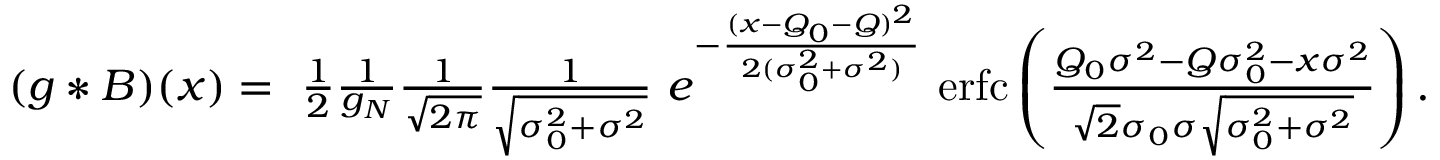
\begin{array} { r } { ( g * B ) ( x ) = \ \frac { 1 } { 2 } \frac { 1 } { g _ { N } } \frac { 1 } { \sqrt { 2 \pi } } \frac { 1 } { \sqrt { \sigma _ { 0 } ^ { 2 } + \sigma ^ { 2 } } } \ e ^ { - \frac { ( x - Q _ { 0 } - Q ) ^ { 2 } } { 2 ( \sigma _ { 0 } ^ { 2 } + \sigma ^ { 2 } ) } } \ \mathrm { e r f c } \left( \frac { Q _ { 0 } \sigma ^ { 2 } - Q \sigma _ { 0 } ^ { 2 } - x \sigma ^ { 2 } } { \sqrt { 2 } \sigma _ { 0 } \sigma \sqrt { \sigma _ { 0 } ^ { 2 } + \sigma ^ { 2 } } } \right) . } \end{array}